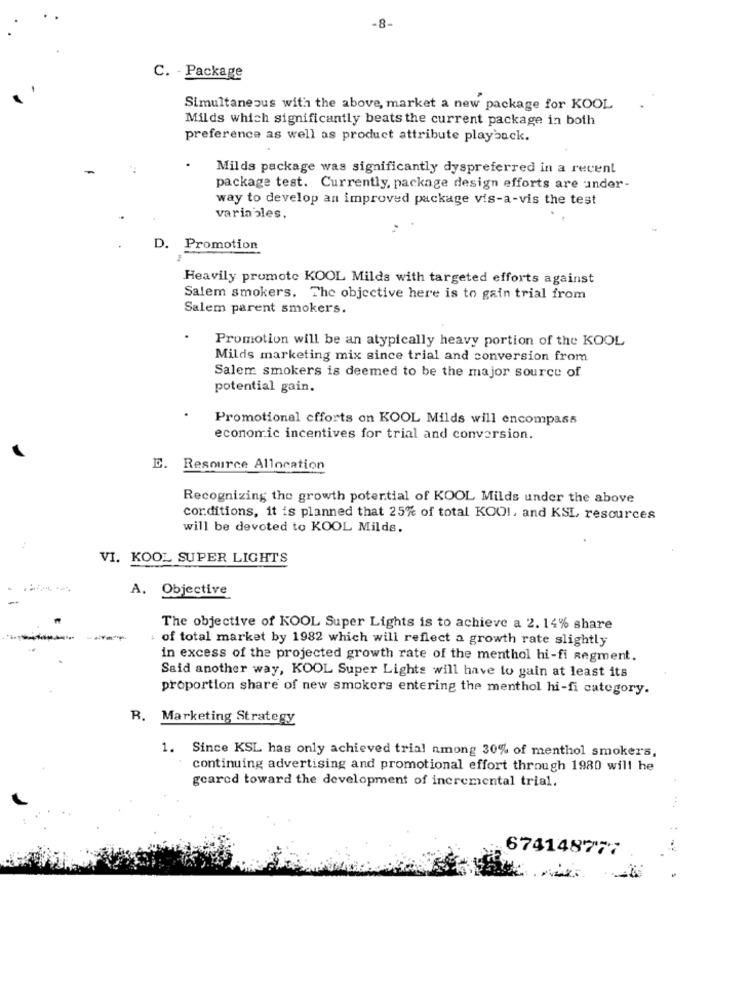
-8-
C. - Package
Simultaneous with the above, market a new package for KOOL
Milds which significantly beats the current package in both
preference as well as product attribute playback.
Milds package was significantly dyspreferred in a recent
package test. Currently, package design efforts are under-
way to develop an improved package vis-a-vis the test
variables.
D. Promotion
Heavily promote KOOL Milds with targeted efforts against
Salem smokers. The objective here is to gain trial from
Salem parent smokers.
Promotion will be an atypically heavy portion of the KOOL
Milds marketing mix since trial and conversion from
Salem smokers is deemed to be the major source of
potential gain.
Promotional efforts on KOOL Milds will encompass
economic incentives for trial and conversion.
E. Resource Allocation
Recognizing the growth potential of KOOL Milds under the above
corditions, it is planned that 25% of total KOOI, and KSL resources
will be devoted to KOOL Milds.
VI. KOOL SUPER LIGHTS
A. Objective
The objective of KOOL Super Lights is to achieve a 2. 14% share
of total market by 1982 which will reflect a growth rate slightly
in excess of the projected growth rate of the menthol hi-fi Regment.
Said another way, KOOL Super Lights will have to gain at least its
proportion share of new smokers entering the menthol hi-fi category.
R. Marketing Strategy
1. Since KSL has only achieved trial among 30% of menthol smokers,
continuing advertising and promotional effort through 1980 will he
geared toward the development of incremental trial.
674148777